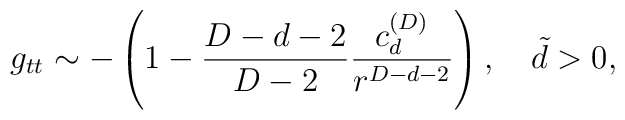
g_{tt}\sim -\left(1-{{D-d-2}\over{D-2}}{{c^{(D)}_d}\over{r^{D-d-2}}}\right),\ \ \ \tilde{d}>0,